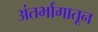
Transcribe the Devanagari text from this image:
अंतर्भागातून